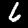
Label: 6